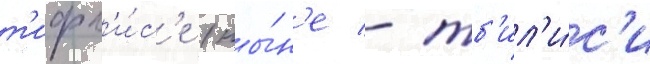
т'ифл'и́с'е (ны́н'е - тб'ил'и́с'и